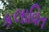
કલાવિત